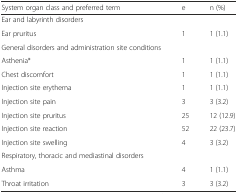
| System organ class and preferred term | e | n (%) |
 | --- | --- | --- |
 | Ear and labyrinth disorders |  |  |
 | Ear pruritus | 1 | 1 (1.1) |
 | General disorders and administration site conditions |  |  |
 | Asthenia* | 1 | 1 (1.1) |
 | Chest discomfort | 1 | 1 (1.1) |
 | Injection site erythema | 1 | 1 (1.1) |
 | Injection site pain | 3 | 3 (3.2) |
 | Injection site pruritus | 25 | 12 (12.9) |
 | Injection site reaction | 52 | 22 (23.7) |
 | Injection site swelling | 4 | 3 (3.2) |
 | Respiratory, thoracic and mediastinal disorders |  |  |
 | Asthma | 4 | 1 (1.1) |
 | Throat irritation | 3 | 3 (3.2) |